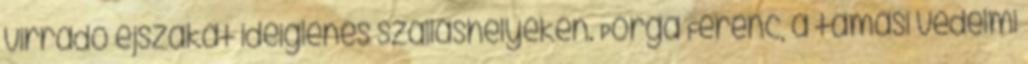
virradó éjszakát ideiglenes szálláshelyeken. Porga Ferenc, a tamási védelmi